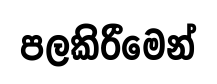
පලකිරීමෙන්